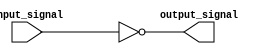
module inverter(
    input wire input_signal,
    output reg output_signal
);

// Internal logic gates
assign output_signal = ~input_signal;

endmodule